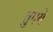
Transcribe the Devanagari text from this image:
तुगये